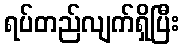
ရပ်တည်လျက်ရှိပြီး